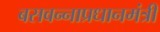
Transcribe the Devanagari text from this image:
बसवन्नाप्रधानमंत्री